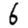
Digit: 6